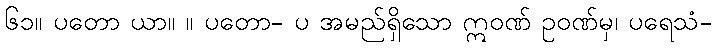
၆၁။ ပတော ယာ။ ။ ပတော- ပ အမည်ရှိသော ဣဝဏ် ဥဝဏ်မှ၊ ပရေသံ-